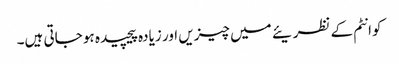
کوانٹم کے نظریئے میں چیزیں اور زیادہ پیچیدہ ہو جاتی ہیں۔